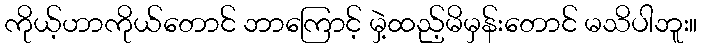
ကိုယ့်ဟာကိုယ်တောင် ဘာကြောင့် မှဲ့ထည့်မိမှန်းတောင် မသိပါဘူး။